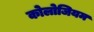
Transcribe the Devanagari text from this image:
कोलोजियम